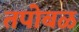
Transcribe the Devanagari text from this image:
तपोबळ